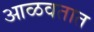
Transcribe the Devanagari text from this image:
आळवतात